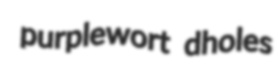
purplewort dholes